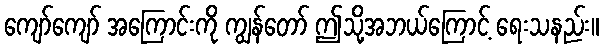
ကျော်ကျော် အကြောင်းကို ကျွန်တော် ဤသို့အဘယ်ကြောင့် ရေးသနည်း။